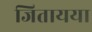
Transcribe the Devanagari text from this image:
जितायया